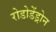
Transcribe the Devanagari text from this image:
रोडोडेंड्रोन